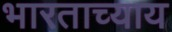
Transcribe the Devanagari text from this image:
भारताच्याय